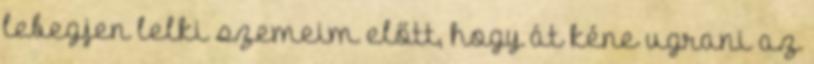
lebegjen lelki szemeim előtt, hogy át kéne ugrani az